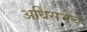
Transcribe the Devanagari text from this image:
अधिसभेचे